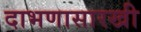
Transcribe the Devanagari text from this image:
दाभणासारखी